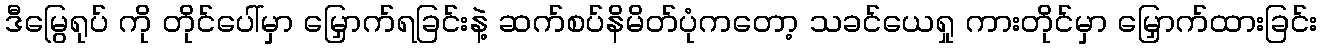
ဒီမြွေရုပ် ကို တိုင်ပေါ်မှာ မြှောက်ရခြင်းနဲ့ ဆက်စပ်နိမိတ်ပုံကတော့ သခင်ယေရှု ကားတိုင်မှာ မြှောက်ထားခြင်း